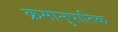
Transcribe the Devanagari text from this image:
क्रमानुपातिक